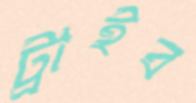
ট্রাইব